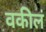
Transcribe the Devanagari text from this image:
वकीलं